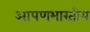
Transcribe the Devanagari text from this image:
आपणभारतीय